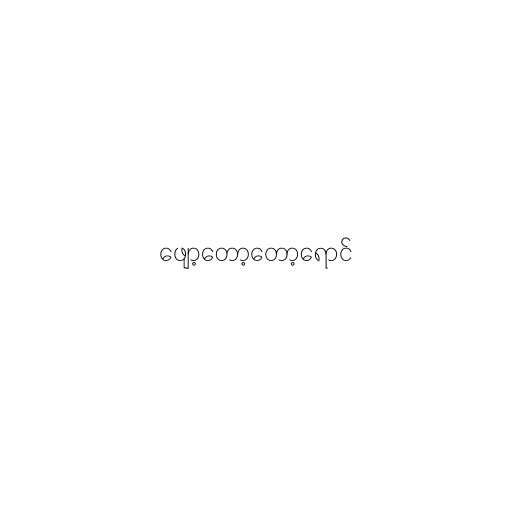
ဖျော့တော့တော့ရောင်